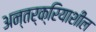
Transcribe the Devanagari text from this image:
अन्तर्क्रियाशील